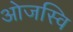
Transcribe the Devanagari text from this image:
ओजस्वि